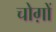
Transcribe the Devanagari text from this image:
चोग़ों